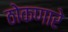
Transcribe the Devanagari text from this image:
ठोकणारे